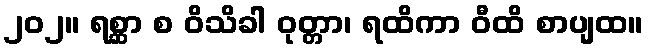
၂၀၂။ ရစ္ဆာ စ ဝိသိခါ ဝုတ္တာ၊ ရထိကာ ဝီထိ စာပျထ။